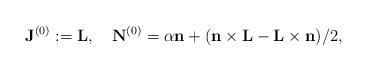
LaTeX: \begin{align*}{\bf J}^{(0)}:={\bf L},\quad{\bf N}^{(0)}={\alpha}{\bf n}+({\bf n}\times{\bf L}-{\bf L}\times{\bf n})/2,\end{align*}